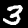
Label: 3